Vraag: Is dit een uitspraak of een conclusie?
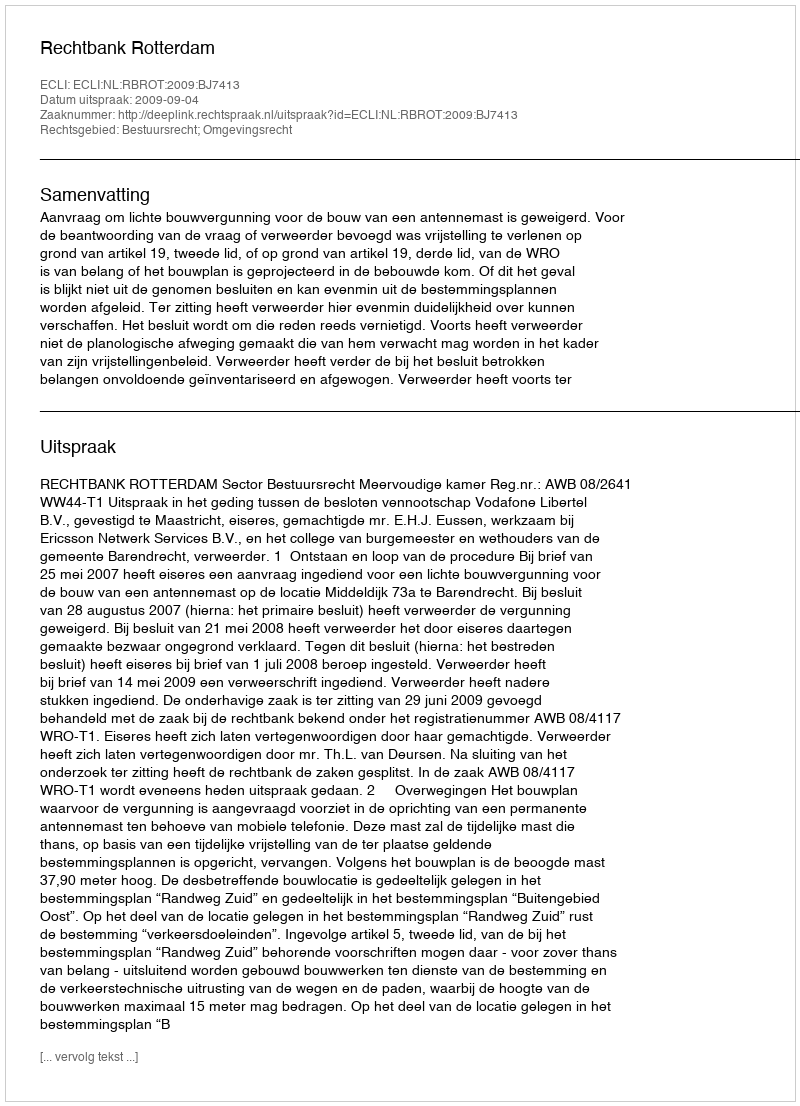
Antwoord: Uitspraak